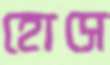
হোসে